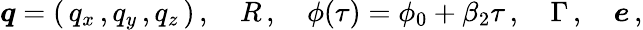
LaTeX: \boldsymbol{q}=(\, q_{x}\, ,q_{y}\, ,q_{z}\, )\, ,\quad R\, ,\quad\phi(\tau)=\phi_{0}+\beta_{2}\tau\, ,\quad\Gamma\, ,\quad{\boldsymbol{e}}\, ,